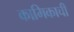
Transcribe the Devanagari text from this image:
कामिकाची